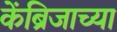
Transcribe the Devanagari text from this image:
केंब्रिजाच्या